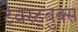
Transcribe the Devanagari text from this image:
टेक्स्ट्बुक्स